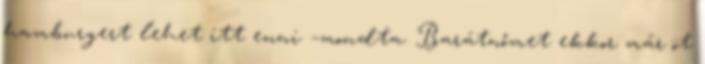
hamburgert lehet itt enni –mondta. Barátnőmet ekkor már öt